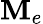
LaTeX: \mathbf{M}_{e}